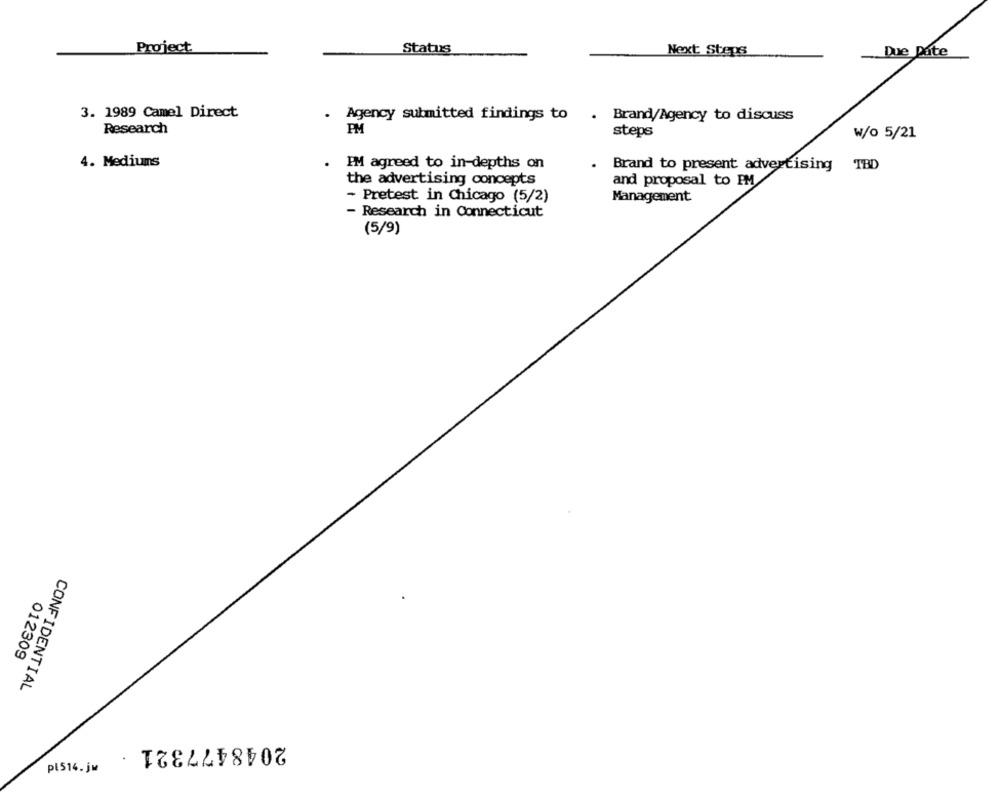
Project.
Status
Next Steps
Due Date
3. 1989 Camel Direct
Agency submitted findings to . Brand/Agency to discuss
Research
PM
steps
W/o 5/21
4. Mediums
IM agreed to in-depths on
Brand to present advertising TBD
the advertising concepts
and proposal to PM
- Pretest in Chicago (5/2)
Management
- Research in Connecticut
(5/9)
012309
CONFIDENTIAL
2048477321
pl514.jm